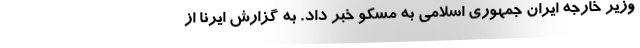
وزیر خارجه ایران جمهوری اسلامی به مسکو خبر داد. به گزارش ایرنا از